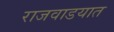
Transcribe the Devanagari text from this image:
राजवाडयात